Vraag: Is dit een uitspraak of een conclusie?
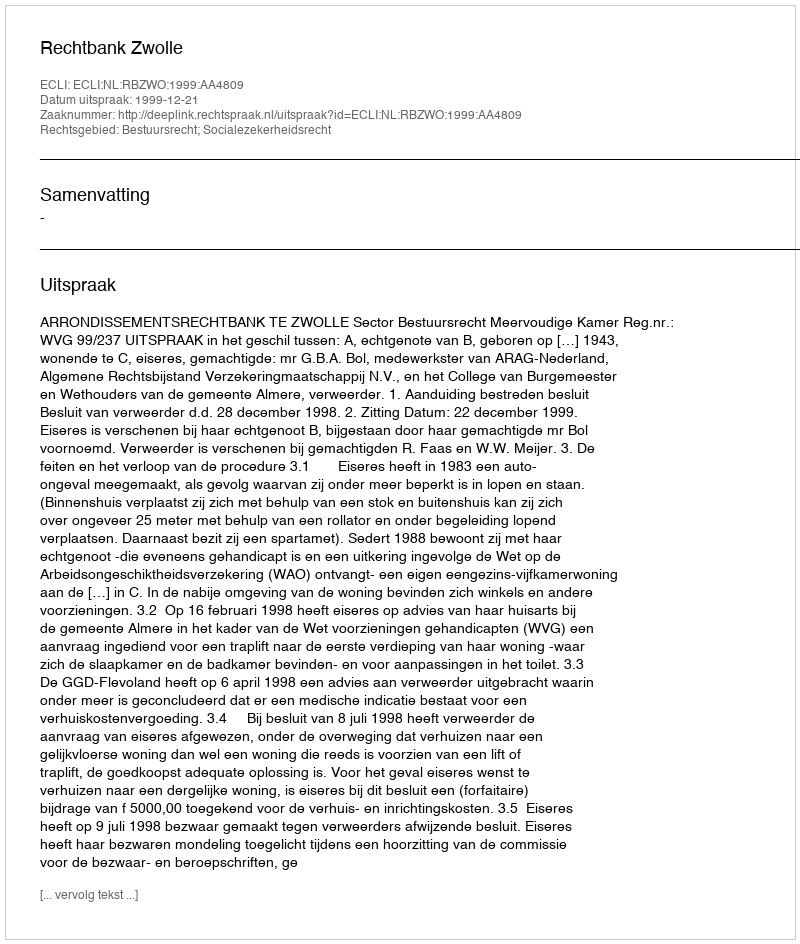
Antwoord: Uitspraak